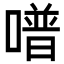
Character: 𠽾